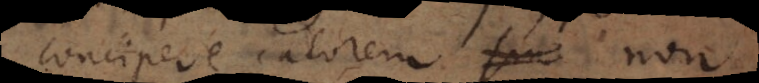
concipere calorem non